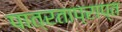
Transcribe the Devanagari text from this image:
पात्रताप्राप्त